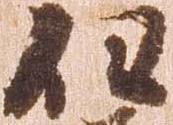
但